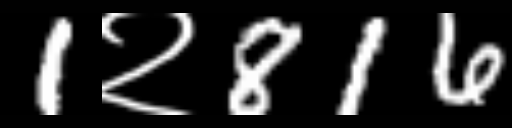
Text: 1२816